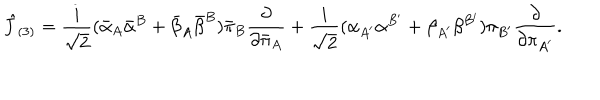
LaTeX: { \hat { J } } _ { ( 3 ) } = { \frac { i } { \sqrt { 2 } } } ( { \bar { \alpha } } _ { A } { \bar { \alpha } } ^ { B } + { \bar { \beta } } _ { A } { \bar { \beta } } ^ { B } ) { \bar { \pi } } _ { B } { \frac { \partial } { \partial { \bar { \pi } } _ { A } } } + { \frac { i } { \sqrt { 2 } } } ( \alpha _ { A ^ { \prime } } \alpha ^ { B ^ { \prime } } + \beta _ { A ^ { \prime } } \beta ^ { B ^ { \prime } } ) \pi _ { B ^ { \prime } } { \frac { \partial } { \partial \pi _ { A ^ { \prime } } } } .